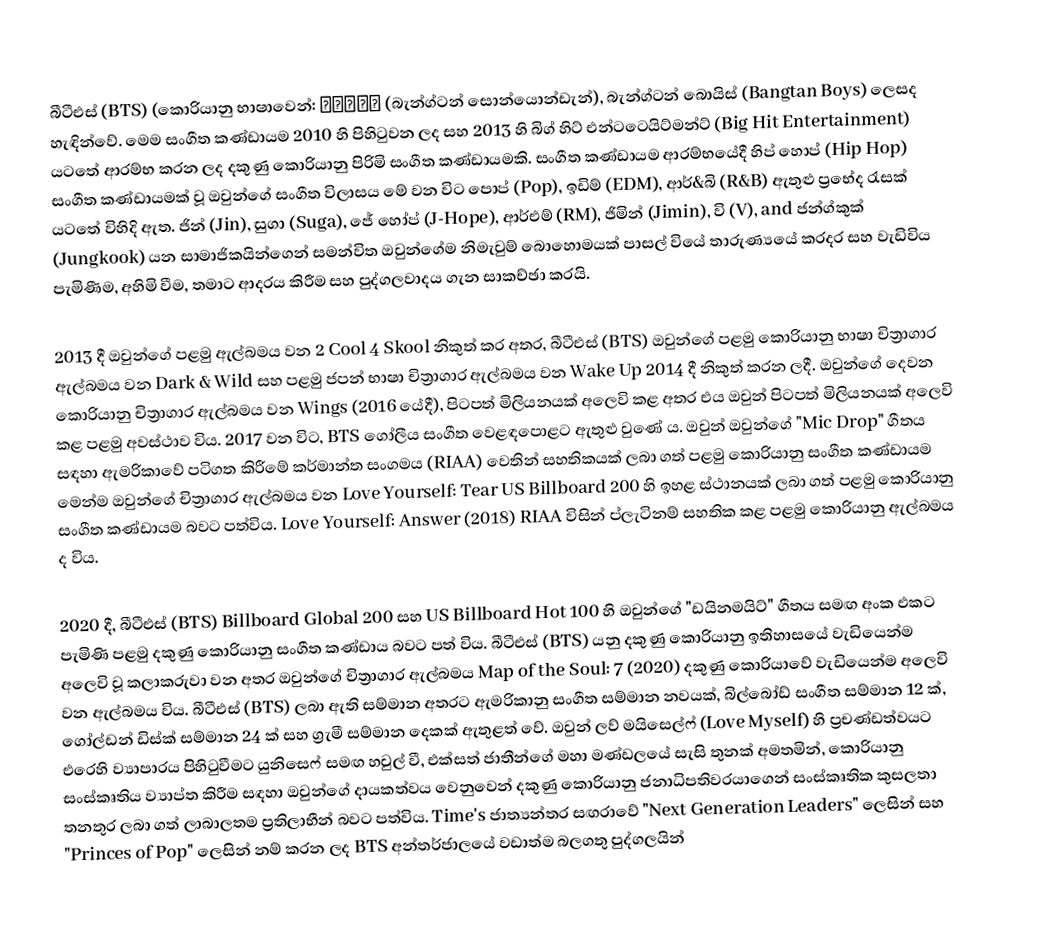
බීටීඑස් (BTS) (කොරියානු භාෂාවෙන්: 방탄소년단 (බැන්ග්ටන් සොන්යොන්ඩැන්), බැන්ග්ටන් බොයිස් (Bangtan Boys) ලෙසද හැඳින්වේ. මෙම සංගීත කණ්ඩායම 2010 හි පිහිටුවන ලද සහ 2013 හි බිග් හිට් එන්ටටෙයිට්මන්ට් (Big Hit Entertainment) යටතේ ආරම්භ කරන ලද දකුණු කොරියානු පිරිමි සංගීත කණ්ඩායමකි. සංගීත කණ්ඩායම ආරම්භයේදී හිප් හොප් (Hip Hop) සංගීත කණ්ඩායමක් වූ ඔවුන්ගේ සංගීත විලාසය මේ වන විට පොප් (Pop), ඉඩිම් (EDM), ආර්&බි (R&B) ඇතුළු ප්‍රභේද රැසක් යටතේ විහිදි ඇත. ජින් (Jin), සුගා (Suga), ජේ හෝප් (J-Hope), ආර්එම් (RM), ජිමින් (Jimin), වි (V), and ජන්ග්කුක් (Jungkook) යන සාමාජිකයින්ගෙන් සමන්විත ඔවුන්ගේම නිමැවුම් බොහොමයක් පාසල් වියේ තාරුණ්‍යයේ කරදර සහ වැඩිවිය පැමිණීම, අහිමි වීම, තමාට ආදරය කිරීම සහ පුද්ගලවාදය ගැන සාකච්ඡා කරයි.

2013 දී ඔවුන්ගේ පළමු ඇල්බමය වන 2 Cool 4 Skool නිකුත් කර අතර, බීටීඑස් (BTS) ඔවුන්ගේ පළමු කොරියානු භාෂා චිත්‍රාගාර ඇල්බමය වන Dark & Wild සහ පළමු ජපන් භාෂා චිත්‍රාගාර ඇල්බමය වන Wake Up 2014 දී නිකුත් කරන ලදී. ඔවුන්ගේ දෙවන කොරියානු චිත්‍රාගාර ඇල්බමය වන Wings (2016 යේදී), පිටපත් මිලියනයක් අලෙවි කළ අතර එය ඔවුන් පිටපත් මිලියනයක් අලෙවි කළ පළමු අවස්ථාව විය. 2017 වන විට, BTS ගෝලීය සංගීත වෙළඳපොළට ඇතුළු වුණේ ය. ඔවුන් ඔවුන්ගේ "Mic Drop" ගීතය සඳහා ඇමරිකාවේ පටිගත කිරීමේ කර්මාන්ත සංගමය (RIAA) වෙතින් සහතිකයක් ලබා ගත් පළමු කොරියානු සංගීත කණ්ඩායම මෙන්ම ඔවුන්ගේ චිත්‍රාගාර ඇල්බමය වන Love Yourself: Tear US Billboard 200 හි ඉහළ ස්ථානයක් ලබා ගත් පළමු කොරියානු සංගීත කණ්ඩායම බවට පත්විය. Love Yourself: Answer (2018) RIAA විසින් ප්ලැටිනම් සහතික කළ පළමු කොරියානු ඇල්බමය ද විය.

2020 දී, බීටීඑස් (BTS) Billboard Global 200 සහ US Billboard Hot 100 හි ඔවුන්ගේ "ඩයිනමයිට්" ගීතය සමඟ අංක එකට පැමිණි පළමු දකුණු කොරියානු සංගීත කණ්ඩාය බවට පත් විය. බීටීඑස්  (BTS) යනු දකුණු කොරියානු ඉතිහාසයේ වැඩියෙන්ම අලෙවි වූ කලාකරුවා වන අතර ඔවුන්ගේ චිත්‍රාගාර ඇල්බමය Map of the Soul: 7 (2020) දකුණු කොරියාවේ වැඩියෙන්ම අලෙවි වන ඇල්බමය විය. බීටීඑස් (BTS) ලබා ඇති සම්මාන අතරට ඇමරිකානු සංගීත සම්මාන නවයක්, බිල්බෝඩ් සංගීත සම්මාන 12 ක්, ගෝල්ඩන් ඩිස්ක් සම්මාන 24 ක් සහ ග්‍රැමී සම්මාන දෙකක් ඇතුළත් වේ. ඔවුන් ලව් මයිසෙල්ෆ් (Love Myself) හි ප්‍රචණ්ඩත්වයට එරෙහි ව්‍යාපාරය පිහිටුවීමට යුනිසෙෆ් සමඟ හවුල් වී, එක්සත් ජාතීන්ගේ මහා මණ්ඩලයේ සැසි තුනක් අමතමින්, කොරියානු සංස්කෘතිය ව්‍යාප්ත කිරීම සඳහා ඔවුන්ගේ දායකත්වය වෙනුවෙන් දකුණු කොරියානු ජනාධිපතිවරයාගෙන් සංස්කෘතික කුසලතා තනතුර ලබා ගත් ලාබාලතම ප්‍රතිලාභීන් බවට පත්විය. Time's ජාත්‍යන්තර සඟරාවේ "Next Generation Leaders" ලෙසින් සහ "Princes of Pop" ලෙසින් නම් කරන ලද BTS අන්තර්ජාලයේ වඩාත්ම බලගතු පුද්ගලයින්